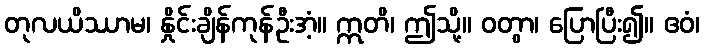
တုလယိဿာမ၊ နှိုင်းချိန်ကုန်ဦးအံ့။ ဣတိ၊ ဤသို့။ ဝတွာ၊ ပြောပြီး၍။ ဧဝံ၊